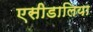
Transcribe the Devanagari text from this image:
एसीडालिया